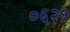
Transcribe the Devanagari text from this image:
०६२१